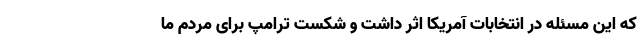
که این مسئله در انتخابات آمریکا اثر داشت و شکست ترامپ برای مردم ما